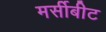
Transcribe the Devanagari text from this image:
मर्सीबीट